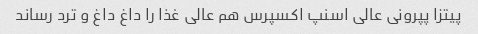
پیتزا پپرونی عالی اسنپ اکسپرس هم عالی غذا را داغ داغ و ترد رساند